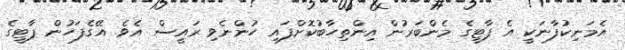
އެމަނިކުފާނަކީ އެ ޕާޓީގެ މެންބަރުން އިންތިހާބުކޮށްފައި ހުންނެވި ރައީސް އެވެ. އޭގެފަހުން ޕާޓީގެ